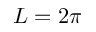
L = 2 \pi